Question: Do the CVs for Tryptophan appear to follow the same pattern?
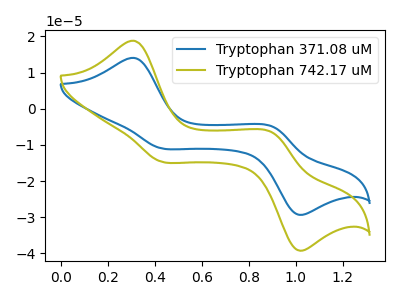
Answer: <think>The blue curve "Tryptophan 371.08 uM" has anodic peaks at (0.30V, 14.05uA) (0.90V, -4.95uA) and cathodic peaks at (0.40V, -10.85uA) (1.00V, -29.15uA). The olive curve "Tryptophan 742.17 uM" has anodic peaks at (0.30V, 18.80uA) (0.90V, -6.60uA) and cathodic peaks at (0.40V, -14.55uA) (1.00V, -39.00uA).
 All the peaks in "Tryptophan 371.08 uM" have a peak in "Tryptophan 742.17 uM" at the same potential.</think>
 <answer>All the CV's of "Tryptophan" have similar shape.</answer>
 <eval>follow_rule</eval>